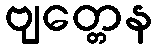
ဗျတ္တေန